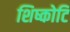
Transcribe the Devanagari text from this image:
शिष्कोटि